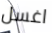
اغسل